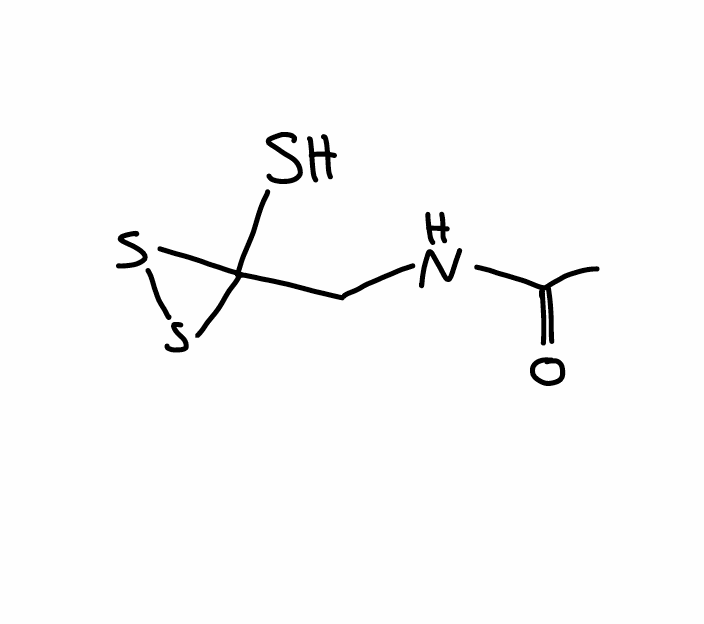
Simplified molecular-input line-entry system (SMILES) notation of the given molecule:
CC(=O)NCC1(SS1)S